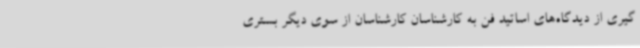
گیری از دیدگاه‌های اساتید فن به کارشناسان کارشناسان از سوی دیگر بستری